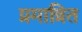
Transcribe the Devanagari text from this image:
प्रमात्रित